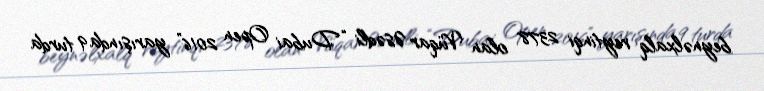
beynəlxalq reytinqi 2378 olan Vüqar Əsədli “Dubai Open 2016” yarışında 9 turda